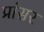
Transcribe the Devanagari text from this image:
प्रांसर